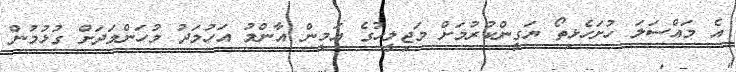
އެ މައްސަލަ ހުށަހެޅިތޯ ޔަގީންކުރުމަށް މަޖިލީހުގެ އަމީން އާންމު އަހުމަދު މުހަންމަދަށް ގުޅުމުން